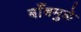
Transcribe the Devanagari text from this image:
बाँबमुळे